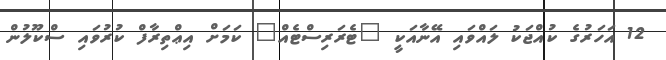
12 އަހަރުގެ ކުއްޖަކު ލައްވައި އޭނާއަކީ "ޓެރަރިސްޓެއް" ކަމަށް އިޢްތިރާފް ކުރުވައި ސްކޫލުން